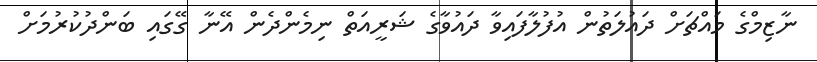
ނާޒިމްގެ މައްޗަށް ދައުލަތުން އުފުލާފައިވާ ދައުވާގެ ޝަރީއަތް ނިމެންދެން އޭނާ ގޭގައި ބަންދުކުރުމަށް